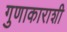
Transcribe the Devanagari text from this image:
गुणाकाराशी